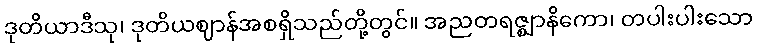
ဒုတိယာဒီသု၊ ဒုတိယဈာန်အစရှိသည်တို့တွင်။ အညတရဇ္ဈာနိကော၊ တပါးပါးသော